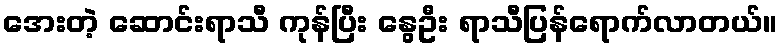
အေးတဲ့ ဆောင်းရာသီ ကုန်ပြီး နွေဦး ရာသီပြန်ရောက်လာတယ်။